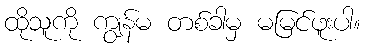
ထိုသူကို ကျွန်မ တစ်ခါမှ မမြင်ဖူးပါ။